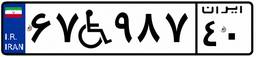
۶۷W۹۸۷۴۰